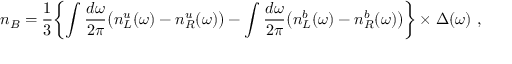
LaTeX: n _ { B } = { \frac { 1 } { 3 } } \biggl \{ \int { \frac { d \omega } { 2 \pi } } \bigl ( n _ { L } ^ { u } ( \omega ) - n _ { R } ^ { u } ( \omega ) \bigr ) - \int { \frac { d \omega } { 2 \pi } } \bigl ( n _ { L } ^ { b } ( \omega ) - n _ { R } ^ { b } ( \omega ) \bigr ) \biggr \} \times \Delta ( \omega ) \ ,